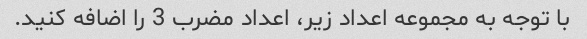
با توجه به مجموعه اعداد زیر، اعداد مضرب 3 را اضافه کنید.